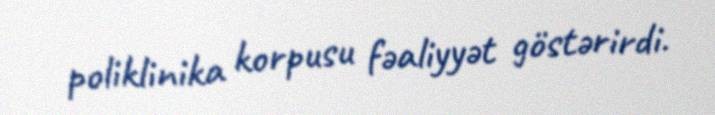
poliklinika korpusu fəaliyyət göstərirdi.